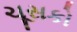
ચૂસકો